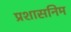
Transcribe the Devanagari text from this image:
प्रशासनिम